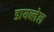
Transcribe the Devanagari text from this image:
डायब्लेल